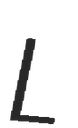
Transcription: L